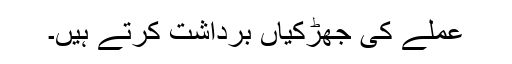
عملے کی جھڑکیاں برداشت کرتے ہیں۔